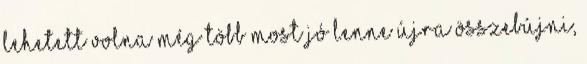
lehetett volna még több Most jó lenne újra összebújni,